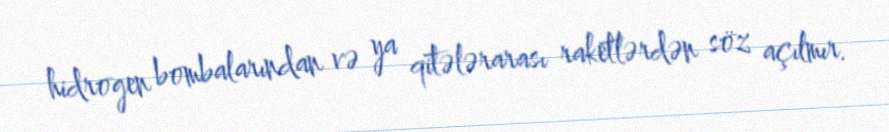
hidrogen bombalarından və ya qitələrarası raketlərdən söz açılmır.